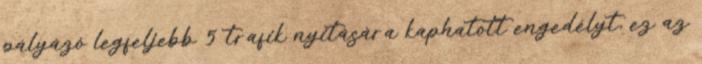
pályázó legfeljebb 5 trafik nyitására kaphatott engedélyt, ez az